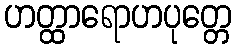
ဟတ္ထာရောဟပုတ္တေ